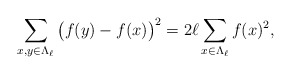
\begin{align*}\sum_{x,y \in \Lambda_\ell} \big( f(y) -f(x) \big)^2 = 2 \ell \sum_{x \in \Lambda_\ell} f(x)^2,\end{align*}